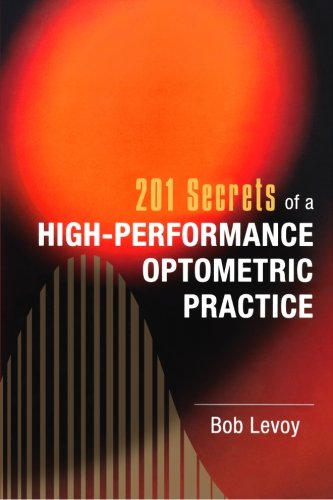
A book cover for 201 Secrets of a High-Performance Optometric Practice; Bob Levoy; Health, Fitness & Dieting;